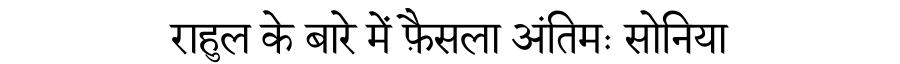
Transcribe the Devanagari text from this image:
राहुल के बारे में फ़ैसला अंतिमः सोनिया